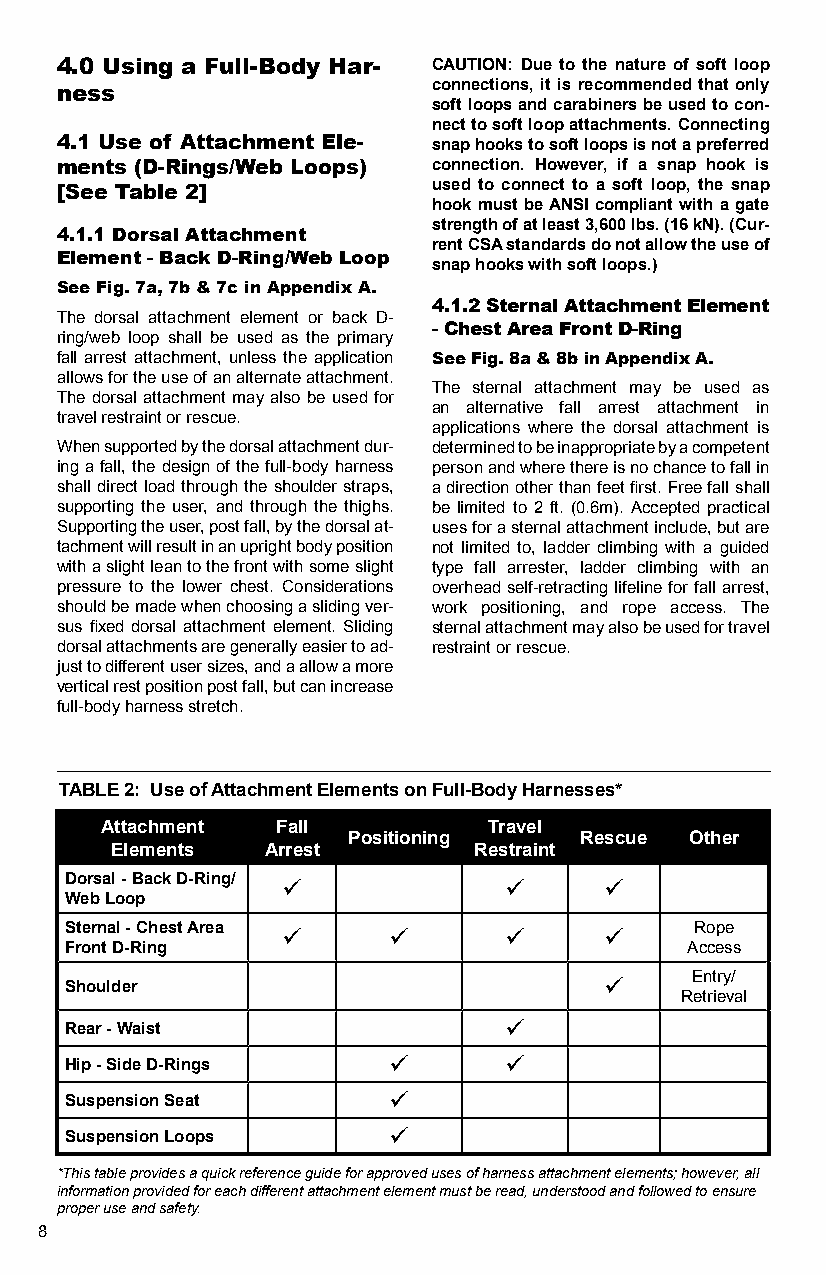
4.0 Using a Full-Body Har- CAUTION: Due to the nature of soft loop
 connections, it is recommended that only
 ness
 soft loops and carabiners be used to con-
 nect to soft loop attachments. Connecting
 4.1 Use of Attachment Ele- snap hooks to soft loops is not a preferred
 ments (D-Rings/Web Loops) connection. However, if a snap hook is
 [See Table 2]            used to connect to a soft loop, the snap
 hook must be ANSI compliant with a gate
 strength of at least 3,600 lbs. (16 kN). (Cur-
 4.1.1 Dorsal Attachment
 rent CSA standards do not allow the use of
 Element - Back D-Ring/Web Loop
 snap hooks with soft loops.)
 See Fig. 7a, 7b & 7c in Appendix A.
 4.1.2 Sternal Attachment Element
 The dorsal attachment element or back D-
 - Chest Area Front D-Ring
 ring/web loop shall be used as the primary
 fall arrest attachment, unless the application See Fig. 8a & 8b in Appendix A.
 allows for the use of an alternate attachment.
 The sternal attachment may be used as
 The dorsal attachment may also be used for
 an alternative fall arrest attachment in
 travel restraint or rescue.
 applications where the dorsal attachment is
 When supported by the dorsal attachment dur- determined to be inappropriate by a competent
 ing a fall, the design of the full-body harness person and where there is no chance to fall in
 shall direct load through the shoulder straps, a direction other than feet first. Free fall shall
 supporting the user, and through the thighs. be limited to 2 ft. (0.6m). Accepted practical
 Supporting the user, post fall, by the dorsal at- uses for a sternal attachment include, but are
 tachment will result in an upright body position not limited to, ladder climbing with a guided
 with a slight lean to the front with some slight type fall arrester, ladder climbing with an
 pressure to the lower chest. Considerations overhead self-retracting lifeline for fall arrest,
 should be made when choosing a sliding ver- work positioning, and rope access. The
 sus fixed dorsal attachment element. Sliding sternal attachment may also be used for travel
 dorsal attachments are generally easier to ad- restraint or rescue.
 just to different user sizes, and a allow a more
 vertical rest position post fall, but can increase
 full-body harness stretch.
 TABLE 2: Use of Attachment Elements on Full-Body Harnesses*
 Attachment Fall          Travel
 Positioning    Rescue  Other
 Elements  Arrest        Restraint
 Dorsal - Back D-Ring/             
 Web Loop
 Sternal - Chest Area                  Rope
 Front D-Ring                             Access
 Armpit
 Shoulder                                 Entry/
 Retrieval
 Rear - Waist                 
 Hip - Side D-Rings          
 Suspension Seat       
 Suspension Loops      
 *This table provides a quick reference guide for approved uses of harness attachment elements; however, all
 information provided for each different attachment element must be read, understood and followed to ensure
 proper use and safety.
 8